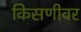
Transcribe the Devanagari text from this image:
किसणीवर